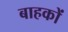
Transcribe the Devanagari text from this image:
बाहकों